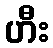
ဟီး